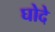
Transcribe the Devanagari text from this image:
घोदे